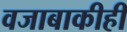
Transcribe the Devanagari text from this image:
वजाबाकीही